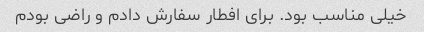
خیلی مناسب بود. برای افطار سفارش دادم و راضی بودم